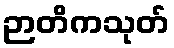
ဉာတိကသုတ်